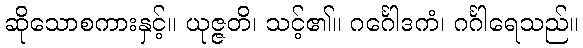
ဆိုသောစကားနှင့်။ ယုဇ္ဇတိ၊ သင့်၏။ ဂင်္ဂေါဒကံ၊ ဂင်္ဂါရေသည်။